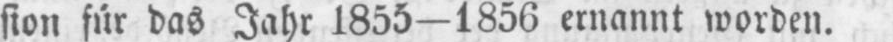
sion für das Jahr 1855-1856 ernannt worden.